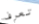
تعرف